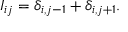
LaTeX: I _ { i j } = \delta _ { i , j - 1 } + \delta _ { i , j + 1 } .